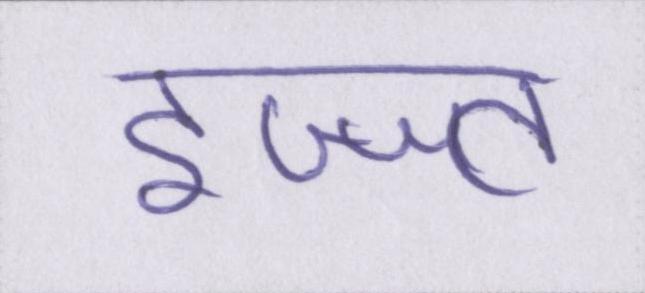
इज्ज्त